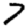
Digit: 7